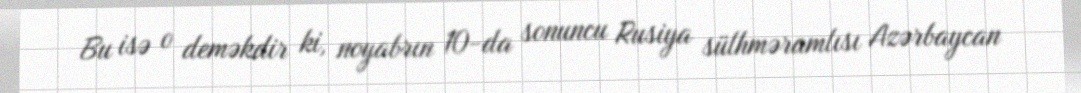
Bu isə o deməkdir ki, noyabrın 10-da sonuncu Rusiya sülhməramlısı Azərbaycan